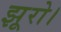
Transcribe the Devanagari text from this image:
झूरो।